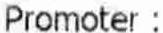
PROMOTER :